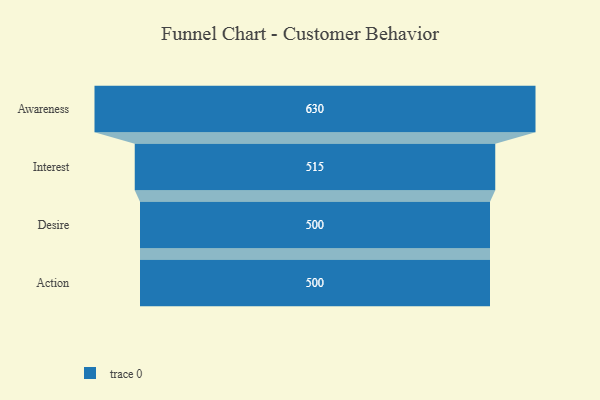
{"axis": {"x": "Stage", "y": "Value"}, "legend": [""], "data": [{"x": "Awareness", "y": 630.0, "type": ""}, {"x": "Interest", "y": 515.0, "type": ""}, {"x": "Desire", "y": 500, "type": ""}, {"x": "Action", "y": 500, "type": ""}]}